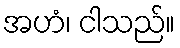
အဟံ၊ ငါသည်။